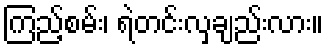
ကြည့်စမ်း၊ ရဲတင်းလှချည်းလား။